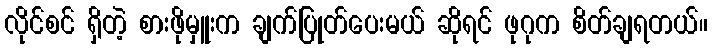
လိုင်စင် ရှိတဲ့ စားဖိုမှူးက ချက်ပြုတ်ပေးမယ် ဆိုရင် ဖုဂုက စိတ်ချရတယ်။